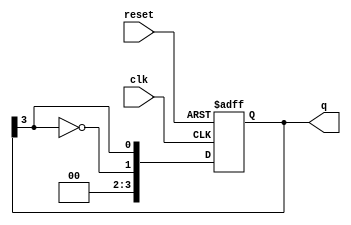
module ring_johnson_counter #(
    parameter n = 4  // Number of bits in the counter
) (
    input wire clk,       // Clock input
    input wire reset,     // Asynchronous reset
    output reg [n-1:0] q  // Output of the counter
);

    // Sequential logic for the Johnson counter
    always @(posedge clk or posedge reset) begin
        if (reset) begin
            // Initialize the counter to zero on reset
            q <= 0;
        end else begin
            // Shift the bits and apply feedback
            q <= {~q[n-1], q[n-1:n-1]}; // Invert the last bit and shift
        end
    end

endmodule